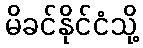
မိခင်နိုင်ငံသို့